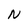
Character: N